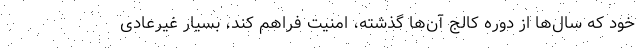
خود که سال‌ها از دوره کالج آن‌ها گذشته، امنیت فراهم کند، بسیار غیرعادی